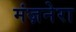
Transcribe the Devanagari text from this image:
मंज़नेरा